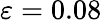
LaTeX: \varepsilon=0.08